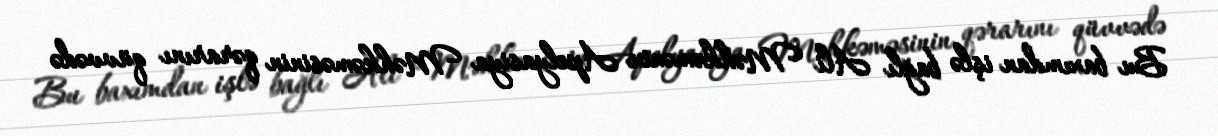
Bu baxımdan işlə bağlı Ali Məhkəmənin Apelyasiya Məhkəməsinin qərarını qüvvədə